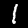
Label: 1